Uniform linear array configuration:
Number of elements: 8
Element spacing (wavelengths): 0.75
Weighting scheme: kaiser
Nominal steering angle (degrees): -15
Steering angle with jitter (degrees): -16.217
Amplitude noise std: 0.05
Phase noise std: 0.05

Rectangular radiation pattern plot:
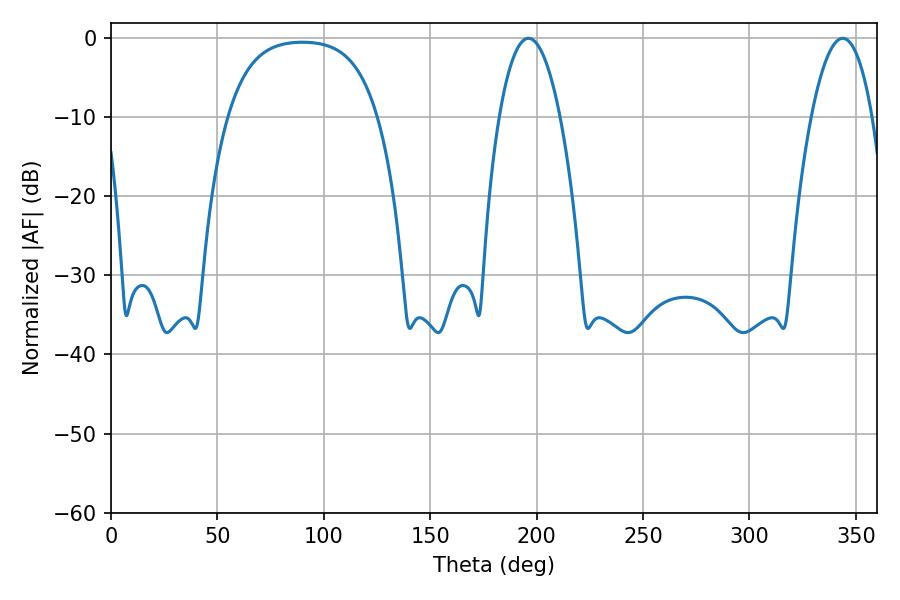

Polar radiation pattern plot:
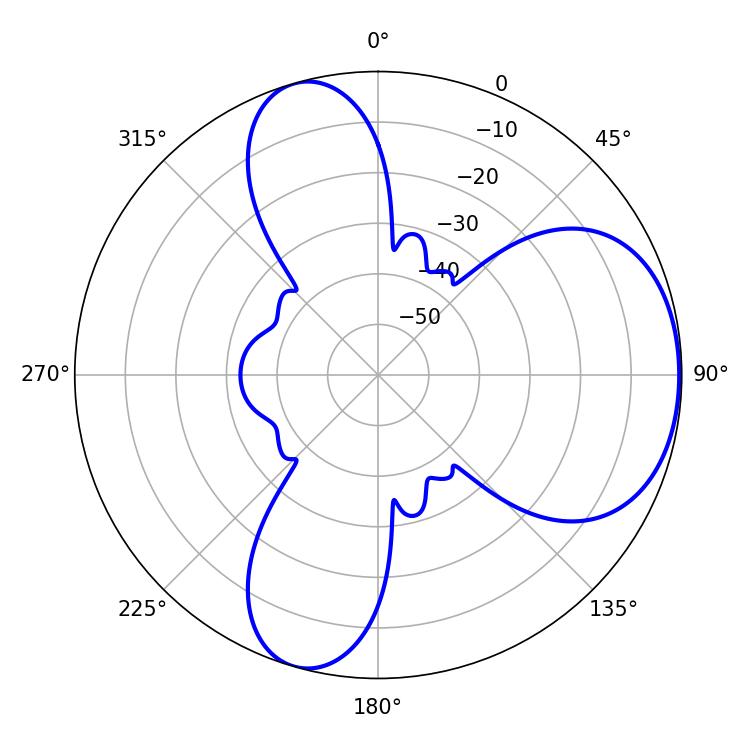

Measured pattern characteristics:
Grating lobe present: TRUE
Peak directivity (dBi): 5.588
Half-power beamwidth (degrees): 15.84
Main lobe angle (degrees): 196.2